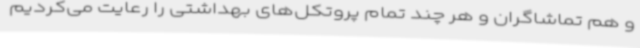
و هم تماشاگران و هر چند تمام پروتکل‌های بهداشتی را رعایت می‌کردیم